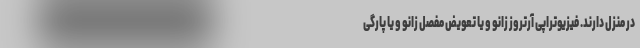
در منزل دارند. فیزیوتراپی آرتروز زانو و یا تعویض مفصل زانو و یا پارگی